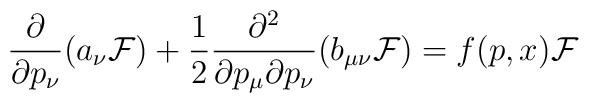
\frac{\partial}{\partial p_\nu} (a_\nu{\cal F})+\frac{1}{2}	\frac{\partial^2}{\partial p_\mu\partial p_\nu}(b_{\mu\nu}{\cal F})	=f(p,x){\cal F}